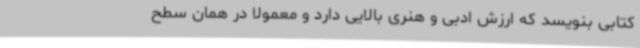
کتابی بنویسد که ارزش ادبی و هنری بالایی دارد و معمولا در همان سطح